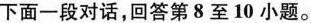
下面一段对话,回答第8至 10 小题.